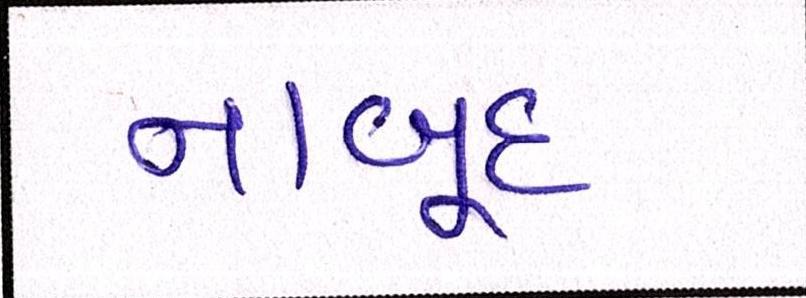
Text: નાબૂદ